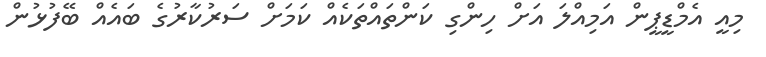
މިއީ އެމްޑީޕީން އަމިއްލަ އަށް ހިންގި ކަންތައްތަކެއް ކަމަށް ސަރުކާރުގެ ބައެއް ބޭފުޅުން